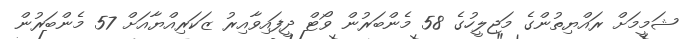
ޝަމީމަށް ރައްޔިތުންގެ މަޖިލީހުގެ 58 މެންބަރުން ވޯޓް ދީފައިވާއިރު ޒަކަރިއްޔާއަށް 57 މެންބަރުން